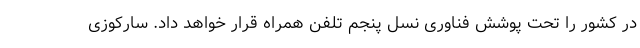
در کشور را تحت پوشش فناوری نسل پنجم تلفن همراه قرار خواهد داد. سارکوزی